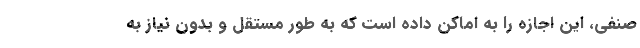
صنفی، این اجازه را به اماکن داده است که به طور مستقل و بدون نیاز به